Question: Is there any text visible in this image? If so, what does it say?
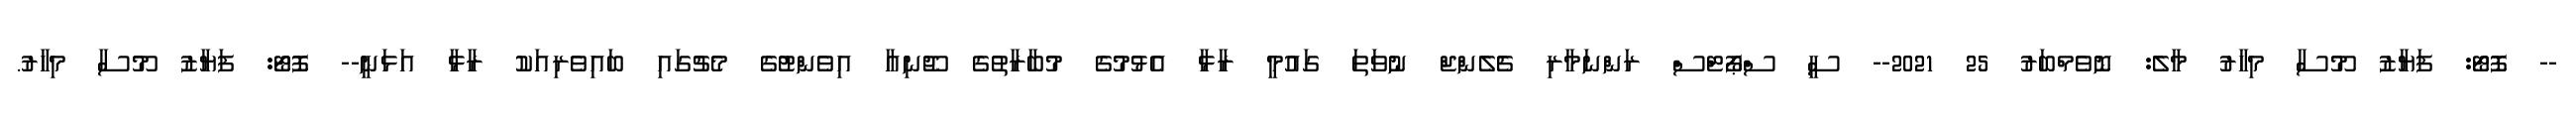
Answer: -- ފޮޓޯ: ފަޔާޒު މޫސާ މިހާރު މާލެ: ނޮވެމްބަރު 25 2021-- ސީ ސްޕޯޓްސް ރަންނަމާރި ޗެލެންޖް ނުވަތަ ގައުމީ ރާޅާ އެޅުމުގެ މުބާރާތުގެ ޖޫނިއާ އިވެންޓުގެ މެޗުގައި ބައިވެރިއަކު ރާޅާ އަޅަނީ-- ފޮޓޯ: ފަޔާޒު މޫސާ މިހާރު.